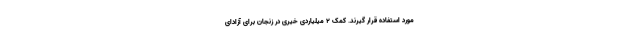
مورد استفاده قرار گیرند. کمک ۲ میلیاردی خیّری در زنجان برای آزادای